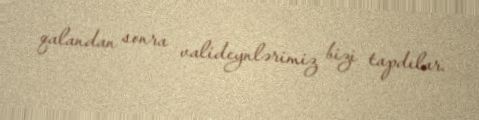
qalandan sonra valideynlərimiz bizi tapdılar.